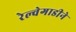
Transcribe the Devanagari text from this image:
रेल्वेगाडीने